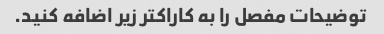
توضیحات مفصل را به کاراکتر زیر اضافه کنید.